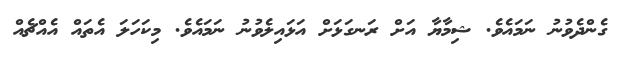
ގެންދެވުނު ނަމައެވެ. ޝިމާޔާ އަށް ރަނގަޅަށް އަޅައިލެވުނު ނަމައެވެ. މިކަަހަލަ އެތައް އެއްޗެއް